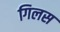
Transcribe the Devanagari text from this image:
गिलस